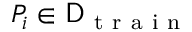
P _ { i } \in \mathsf { D } _ { \mathrm { ~ t ~ r ~ a ~ i ~ n ~ } }